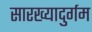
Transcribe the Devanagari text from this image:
सारख्यादुर्गम